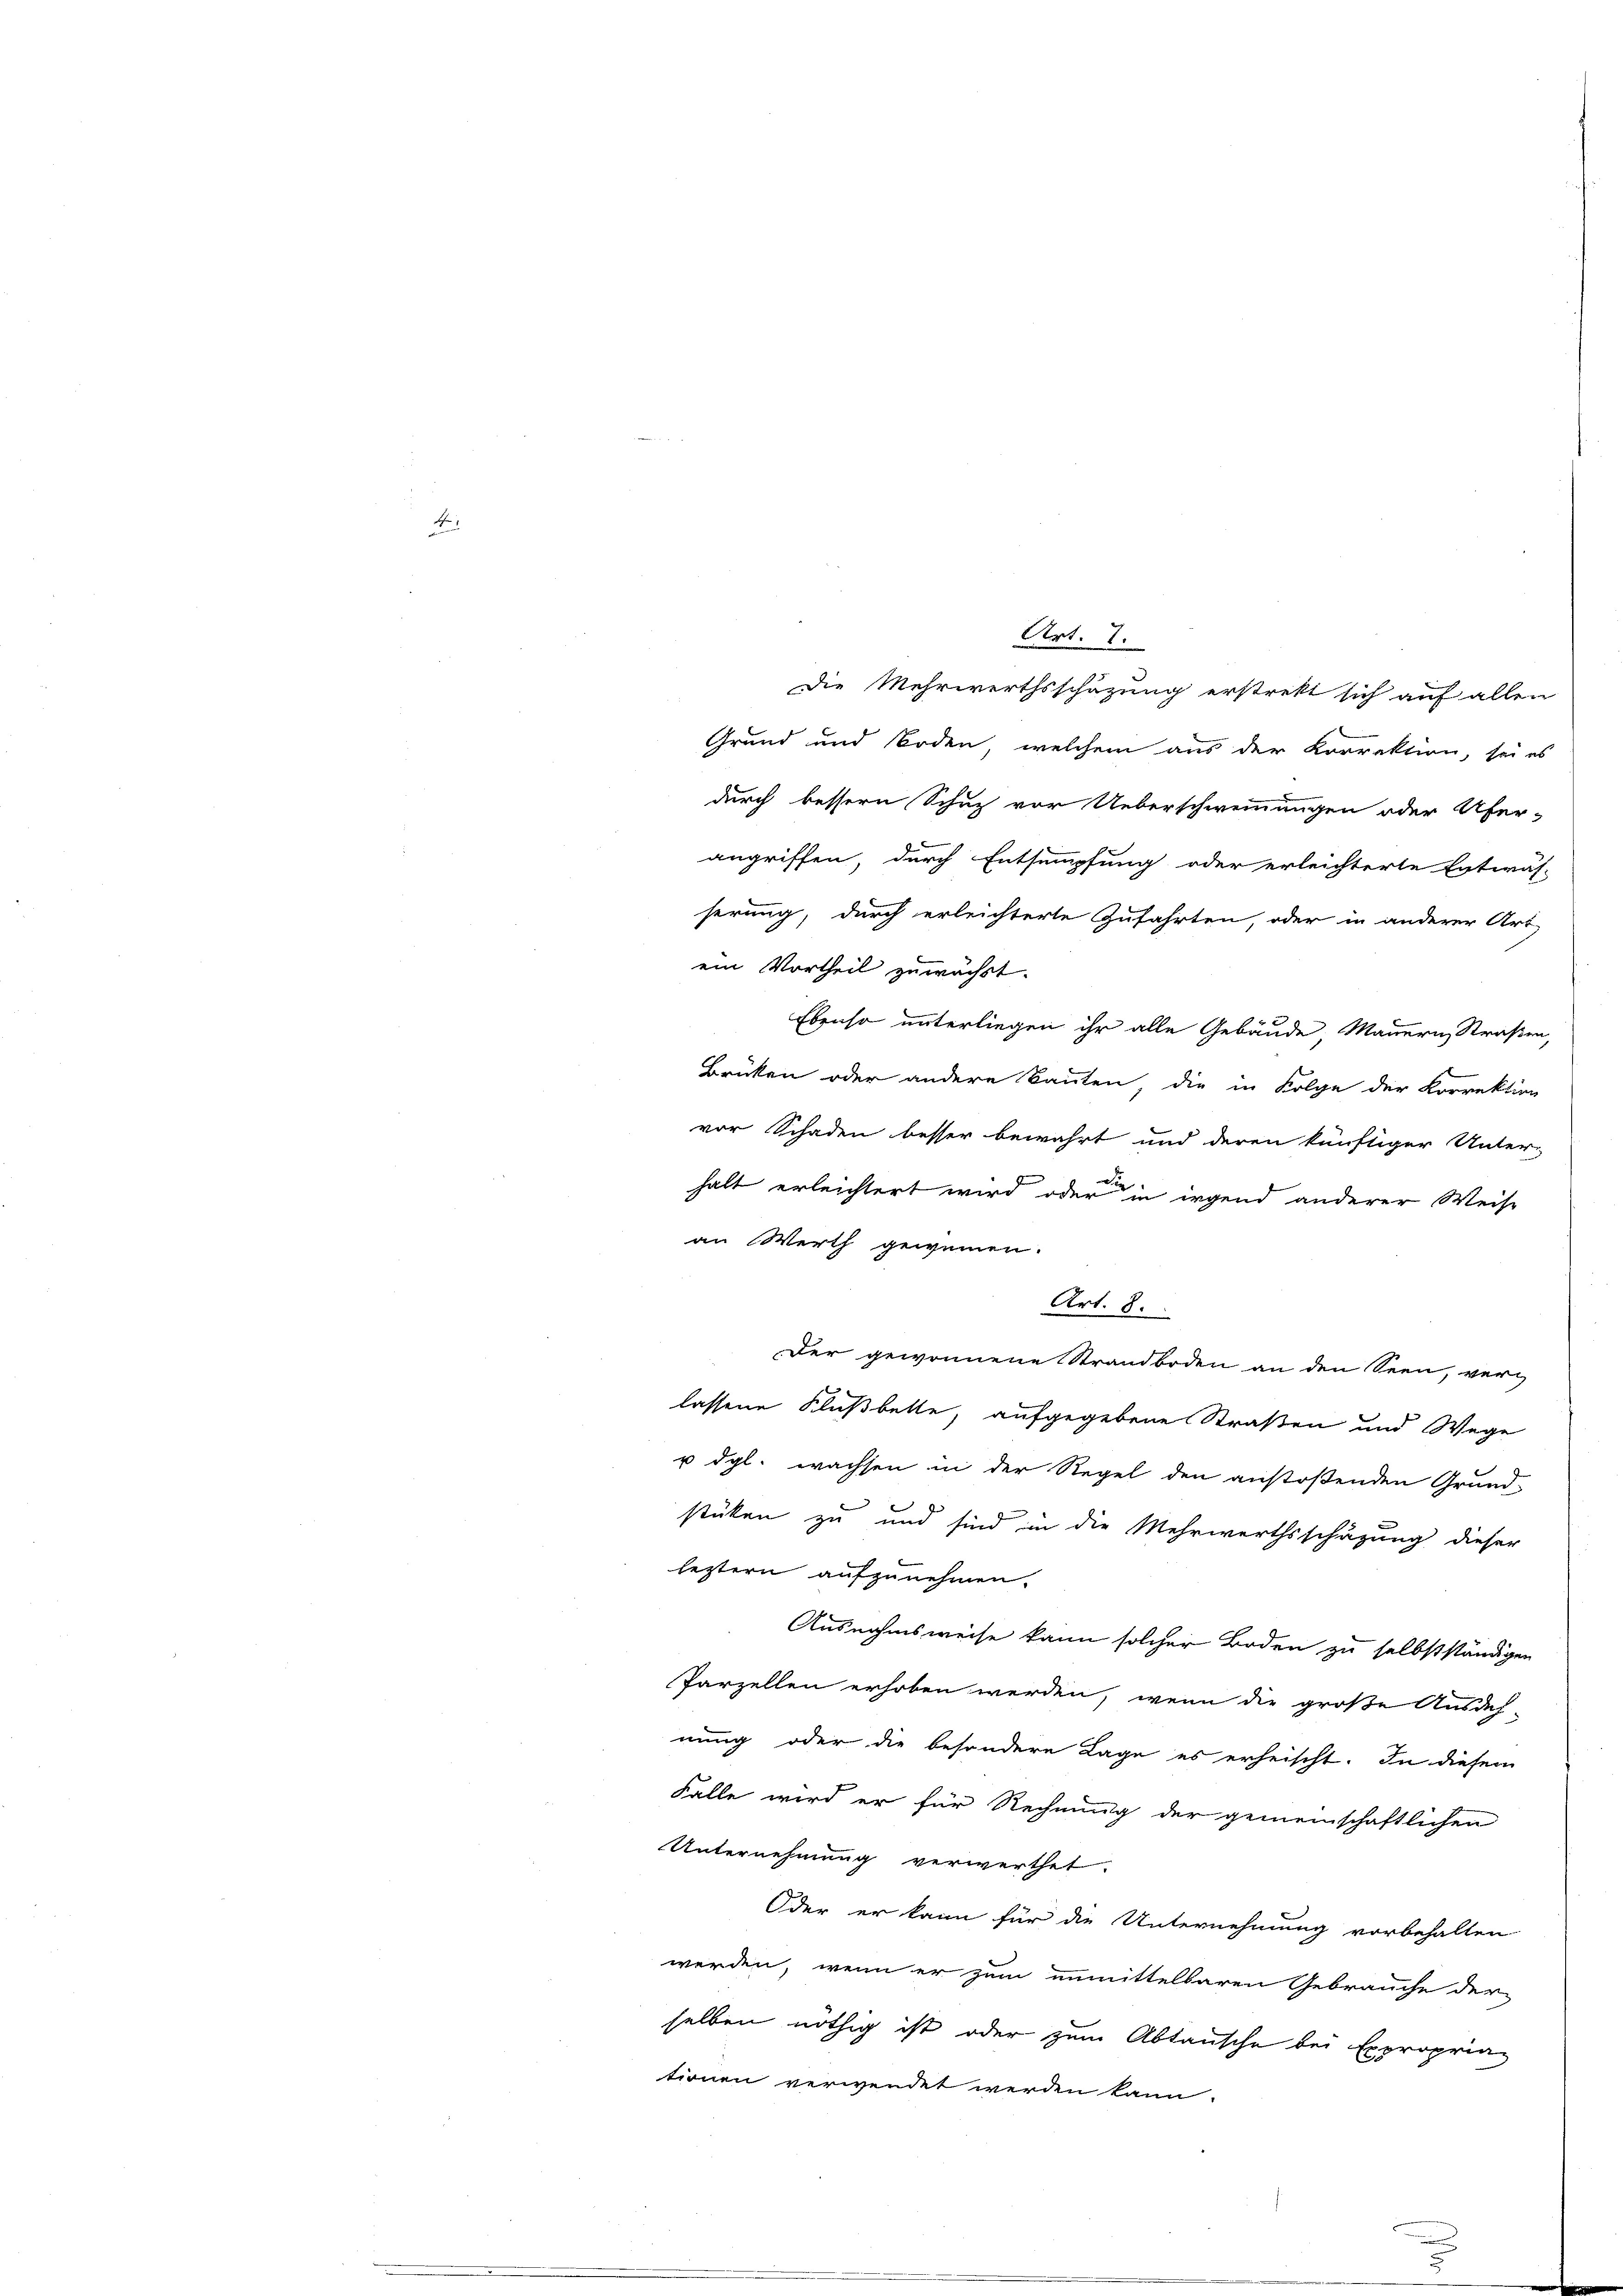
Art. 7.
Die Mehrwerthsschätzung erstrekt sich auf allen

Grund und Boden, welchem aus der Korrektion, sei es
durch bessern Schuz vor Ueberschwemmungen oder Ufer-
angriffen, durch Entsumpfung oder erleichterte Entwäs-
serung, durch erleichterte Zufahrten, oder in anderer Art
Ebenso unterliegen ihr alle Gebäude Mauern, Straßen,
Brüken oder andere Bauten, die in Folge der Korrektion
vor Schaden besser bewahrt und deren künftiger Unter-
halt erleichtert wird oder in irgend anderer Weise
an Werth gewinnen.
Art. 8.
Der gewonnene Strandboden an den Seen, verlassene Flußbette, aufgegebene Straßen und Wege
u dgl. wachsen in der Regel den anstoßenden Grund-
stüken zu und sind in die Mehrwerthsschäzung dieser
leztern aufzunehmen.
Ausnahmsweise kann solcher Boden zu selbstständigen
Parzellen erhoben werden, wenn die große Ausdeh-
nung oder die besondere Lage es erheischt. In diesem
Falle wird er für Rechnung der gemeinschaftlichen
Unternehmung verwerthet.
Oder er kann für die Unternehmung vorbehalten
werden, wenn er zum unmittelbaren Gebrauche der
selben nöthig ist oder zum Abtausche bei Exproprian
tionen verwendet werden kann.

ein Vortheil zuwächst.